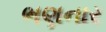
ભણનાર